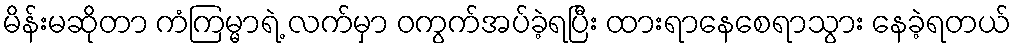
မိန်းမဆိုတာ ကံကြမ္မာရဲ့ လက်မှာ ဝကွက်အပ်ခဲ့ရပြီး ထားရာနေစေရာသွား နေခဲ့ရတယ်